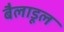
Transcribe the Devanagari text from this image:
बैलाडूल